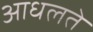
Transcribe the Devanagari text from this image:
आधलते